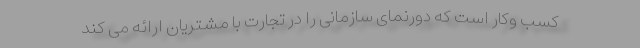
کسب وکار است که دورنمای سازمانی را در تجارت با مشتریان ارائه می کند